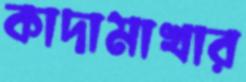
কাদামাখার